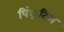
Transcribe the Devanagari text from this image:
पिं्रटिग